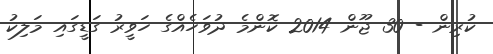
ކުރިން - 30 ޖޫން 2014 ކޮންމެ ދުވަހެއްގެ ހަވީރު ގަޑީގައި މަލިކު